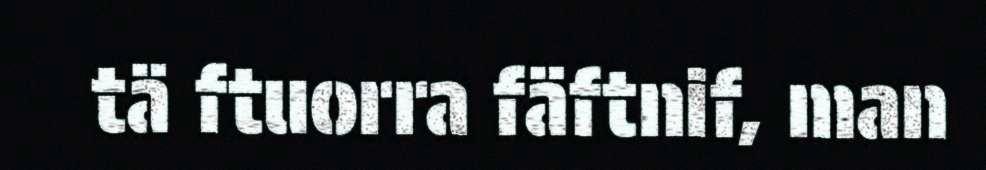
tä ftuorra fäftnif, man